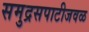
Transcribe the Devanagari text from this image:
समुद्रसपाटीजवळ